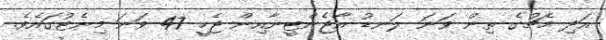
އަދި މެޗުގެ ތިން ވަނަ ލަނޑު އާޖެންޓީނާއިން ޖެހީ 47 ވަނަ މިނެޓުގައެވެ.